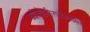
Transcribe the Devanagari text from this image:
व्यंकोजीराजेंबरोबर